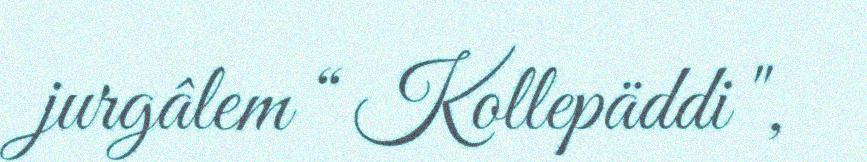
jurgâlem “ Kollepäddi ",